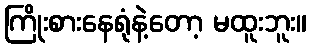
ကြိုးစားနေရုံနဲ့တော့ မထူးဘူး။